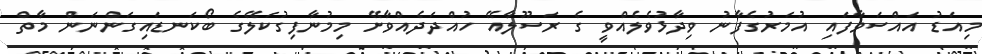
މިއަޑު އައްސަވާފައި އުމަރުގެފާނު ވިދާޅުވެލެއްވީ ގެ ރަސޫލާއޭ ހުއްދަދެއްވާށޭ މިމުނާފިގުކަލޭގެ ބޯކަނޑައިގަންނަން މާތް